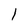
Character: 1